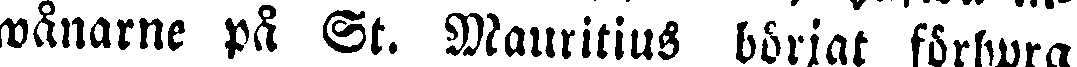
wånarne på St. Mauritius börjat förhyra